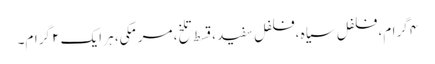
۴ گرام، فلفل سیاہ ،فلفل سفید ،قسط تلخ، مرمکی، ہر ایک ۲ گرام۔